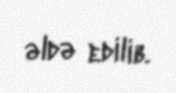
əldə edilib.